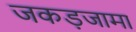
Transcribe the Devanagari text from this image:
जकड़जामा